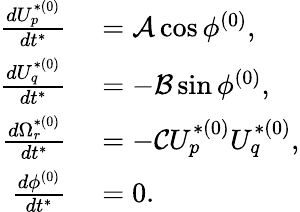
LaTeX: \begin{array}{rl}{\frac{dU_{p}^{*(0)}}{dt^{*}}}&{{}=\mathcal{A}\cos\phi^{(0)},}\\ {\frac{dU_{q}^{*(0)}}{dt^{*}}}&{{}=-\mathcal{B}\sin\phi^{(0)},}\\ {\frac{d\Omega_{r}^{*(0)}}{dt^{*}}}&{{}=-\mathcal{C}U_{p}^{*(0)}U_{q}^{*(0)},}\\ {\frac{d\phi^{(0)}}{dt^{*}}}&{{}=0.}\end{array}